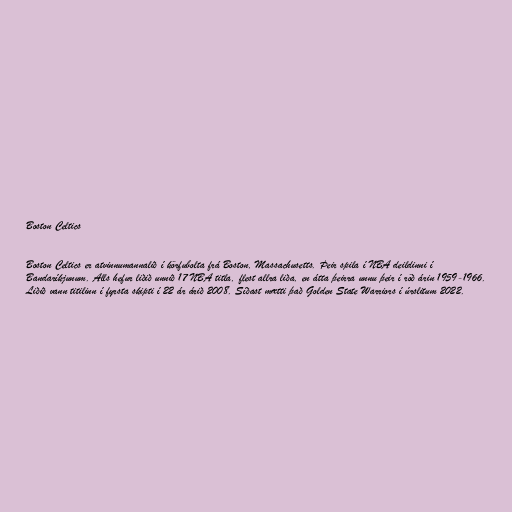
Boston Celtics

Boston Celtics er atvinnumannalið í körfubolta frá Boston, Massachusetts. Þeir spila í NBA deildinni í
Bandaríkjunum. Alls hefur liðið unnið 17 NBA titla, flest allra liða, en átta þeirra unnu þeir í röð árin 1959-1966.
Liðið vann titilinn í fyrsta skipti í 22 ár árið 2008. Síðast mætti það Golden State Warriors í úrslitum 2022.